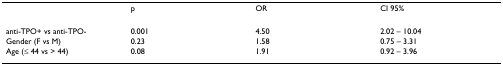
<table><thead><tr><td></td><td><b>p</b></td><td><b>OR</b></td><td><b>CI 95%</b></td></tr></thead><tbody><tr><td>anti-TPO+ vs anti-TPO-</td><td>0.001</td><td>4.50</td><td>2.02 – 10.04</td></tr><tr><td>Gender (F vs M)</td><td>0.23</td><td>1.58</td><td>0.75 – 3.31</td></tr><tr><td>Age (≤ 44 vs &gt; 44)</td><td>0.08</td><td>1.91</td><td>0.92 – 3.96</td></tr></tbody></table>